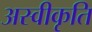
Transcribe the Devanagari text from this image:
अस्‍वीकृति